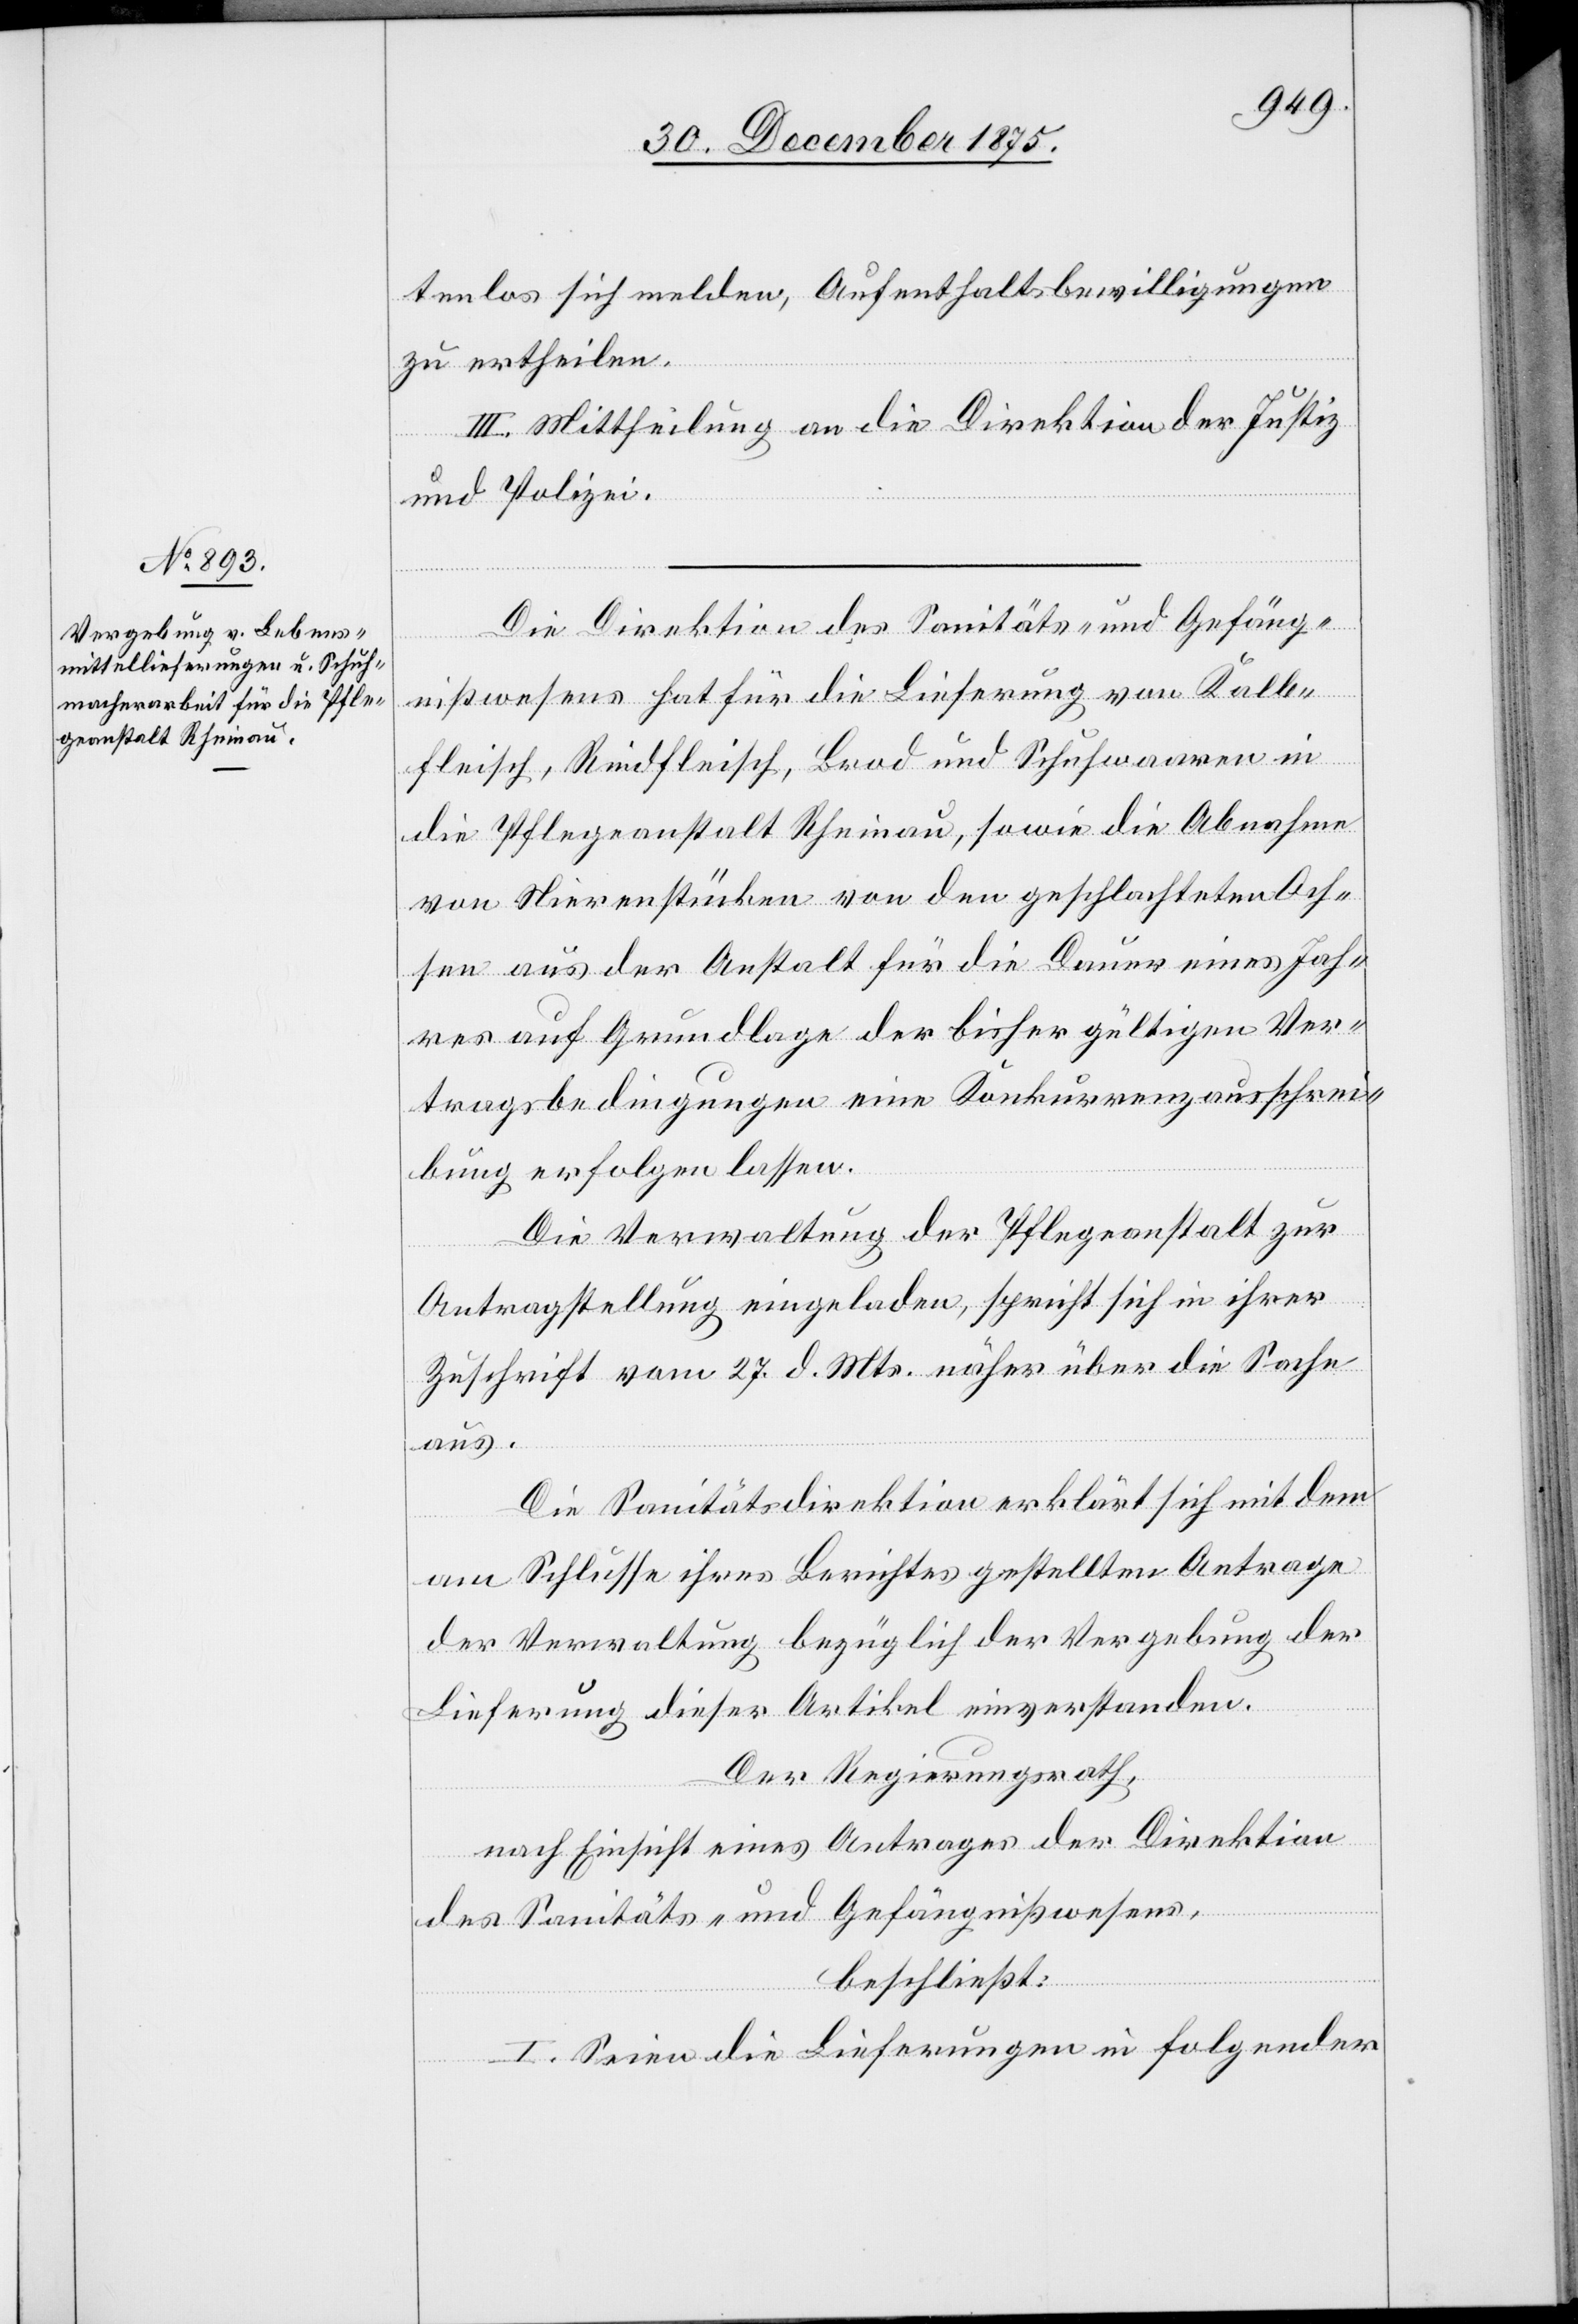
tenlos sich melden, Aufenthaltsbewilligungen
zu ertheilen.
III. Mittheilung an die Direktion der Justiz
und Polizei.
Die Direktion des Sanitäts- und Gefäng¬
nißwesens hat für die Lieferung von Kalb¬
fleisch, Rindfleisch, Brod[-] und Schuhwaaren in
die Pflegeanstalt Rheinau, sowie die Abnahme
von Nierenstücken von den geschlachteten Och¬
sen aus der Anstalt für die Dauer eines Jah¬
res auf Grundlage der bisher gültigen Ver¬
tragsbedingungen eine Konkurrenzausschrei¬
bung erfolgen lassen.
Die Verwaltung der Pflegeanstalt zur
Antragstellung eingeladen, spricht sich in ihrer
Zeitschrift vom 27. d. Mts. näher über die Sache
aus.
Die Sanitätsdirektion erklärt sich mit dem
am Schlusse ihres Berichtes gestellten Antrage
der Verwaltung bezüglich der Vergebung der
Lieferung dieser Artikel einverstanden.
Der Regierungsrath,
nach Einsicht eines Antrage der Direktion
des Sanitäts- und Gefängnißwesens,
beschließt:
I. Seien die Lieferungen in folgender